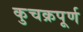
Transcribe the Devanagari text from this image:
कुचक्रपूर्ण